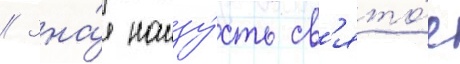
// Зна́я наизу́сть св'ято́е